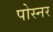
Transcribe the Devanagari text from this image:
पोस्‍नर